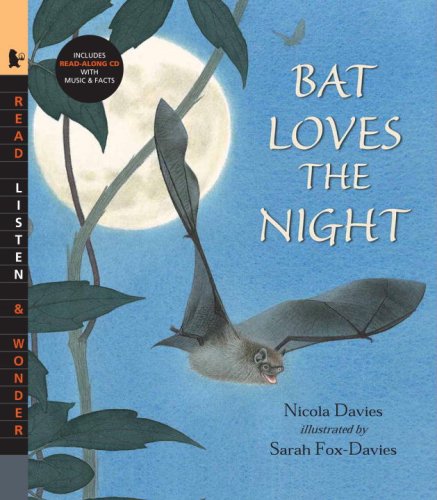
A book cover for Bat Loves the Night with Audio: Read, Listen, & Wonder; Nicola Davies; Children's Books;